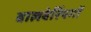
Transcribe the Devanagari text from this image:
बालबेरिंयगों